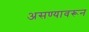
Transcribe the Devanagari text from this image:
असण्यावरून